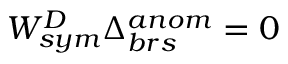
{ \cal W } _ { s y m } ^ { D } \Delta _ { b r s } ^ { a n o m } = 0